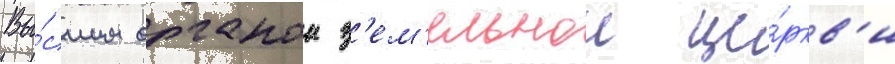
Вы́сшим органом з'ем'ельнои це́ркв'и